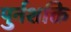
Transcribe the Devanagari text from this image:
पुर्नशक्ति